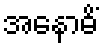
အနောဓိံ